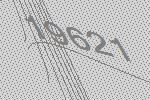
19621